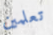
تعلمين